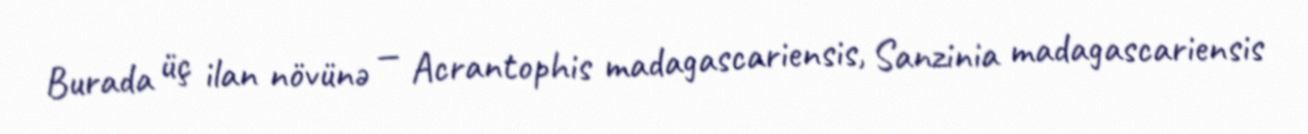
Burada üç ilan növünə — Acrantophis madagascariensis, Sanzinia madagascariensis